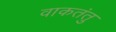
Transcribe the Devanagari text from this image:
वाकतंतु